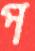
প